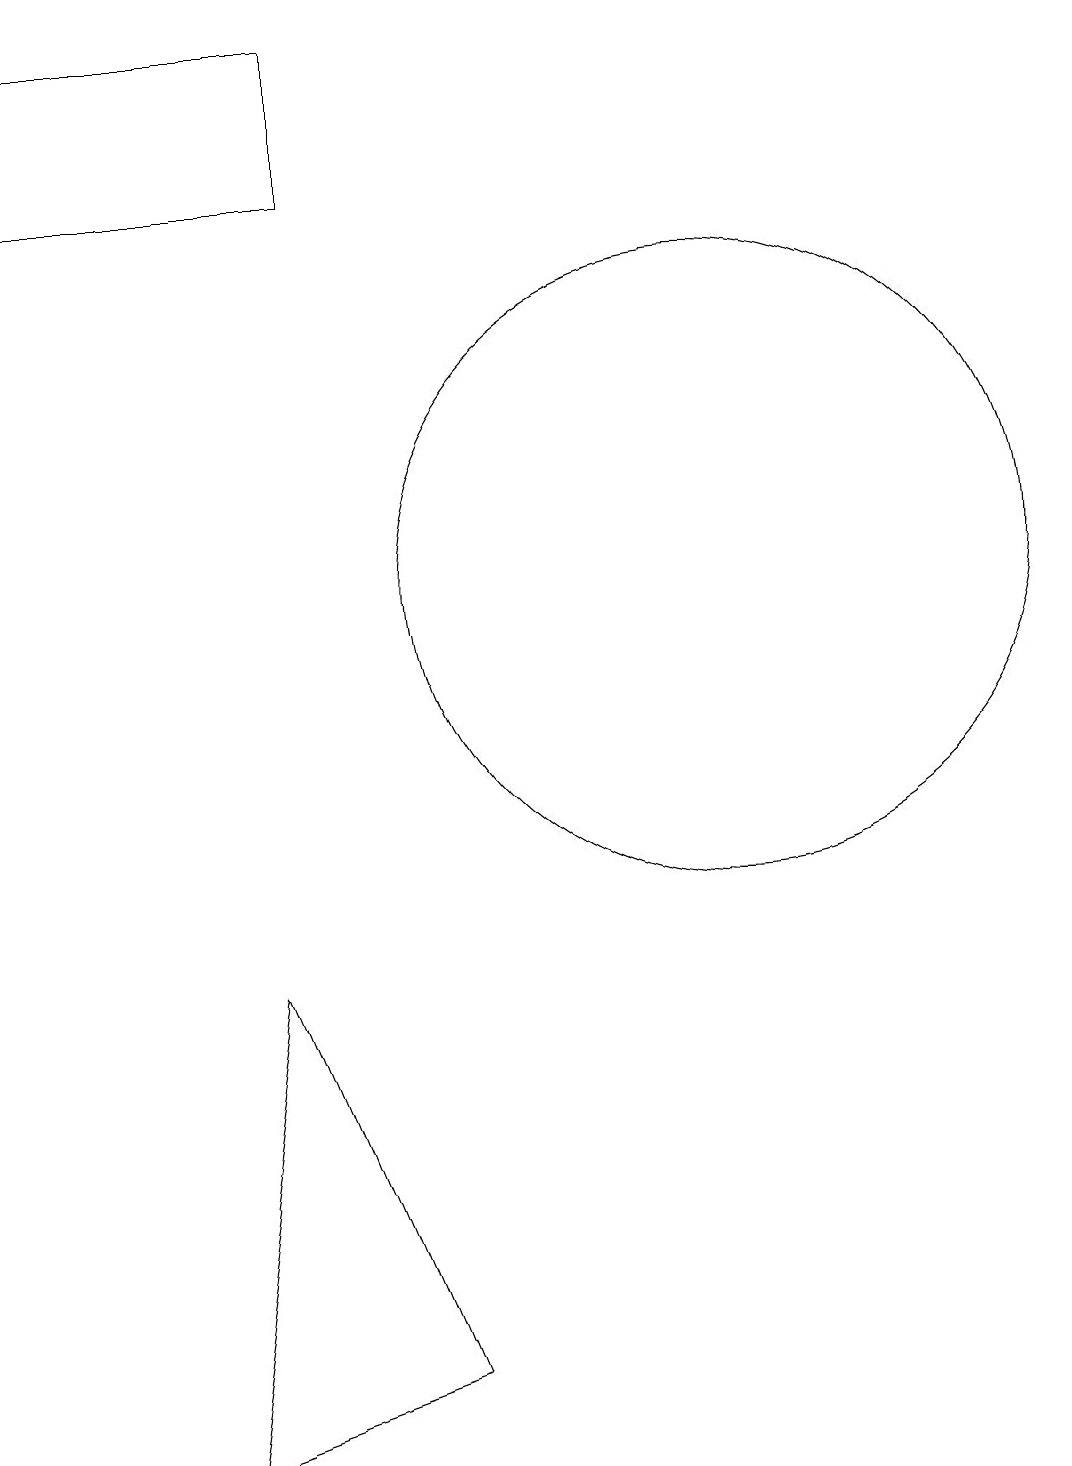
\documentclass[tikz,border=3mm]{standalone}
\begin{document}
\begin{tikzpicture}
\draw (7,2) -- (4,1) -- (5,7) -- cycle;
\draw (2,17) rectangle (6,19);
\draw (11,12) circle (4);
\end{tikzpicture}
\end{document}